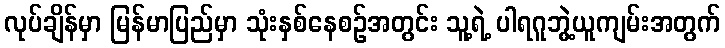
လုပ်ချိန်မှာ မြန်မာပြည်မှာ သုံးနှစ်နေစဉ်အတွင်း သူ့ရဲ့ ပါရဂူဘွဲ့ယူကျမ်းအတွက်